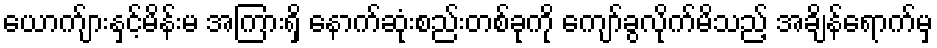
ယောက်ျားနှင့်မိန်းမ အကြားရှိ နောက်ဆုံးစည်းတစ်ခုကို ကျော်ခွလိုက်မိသည့် အချိန်ရောက်မှ